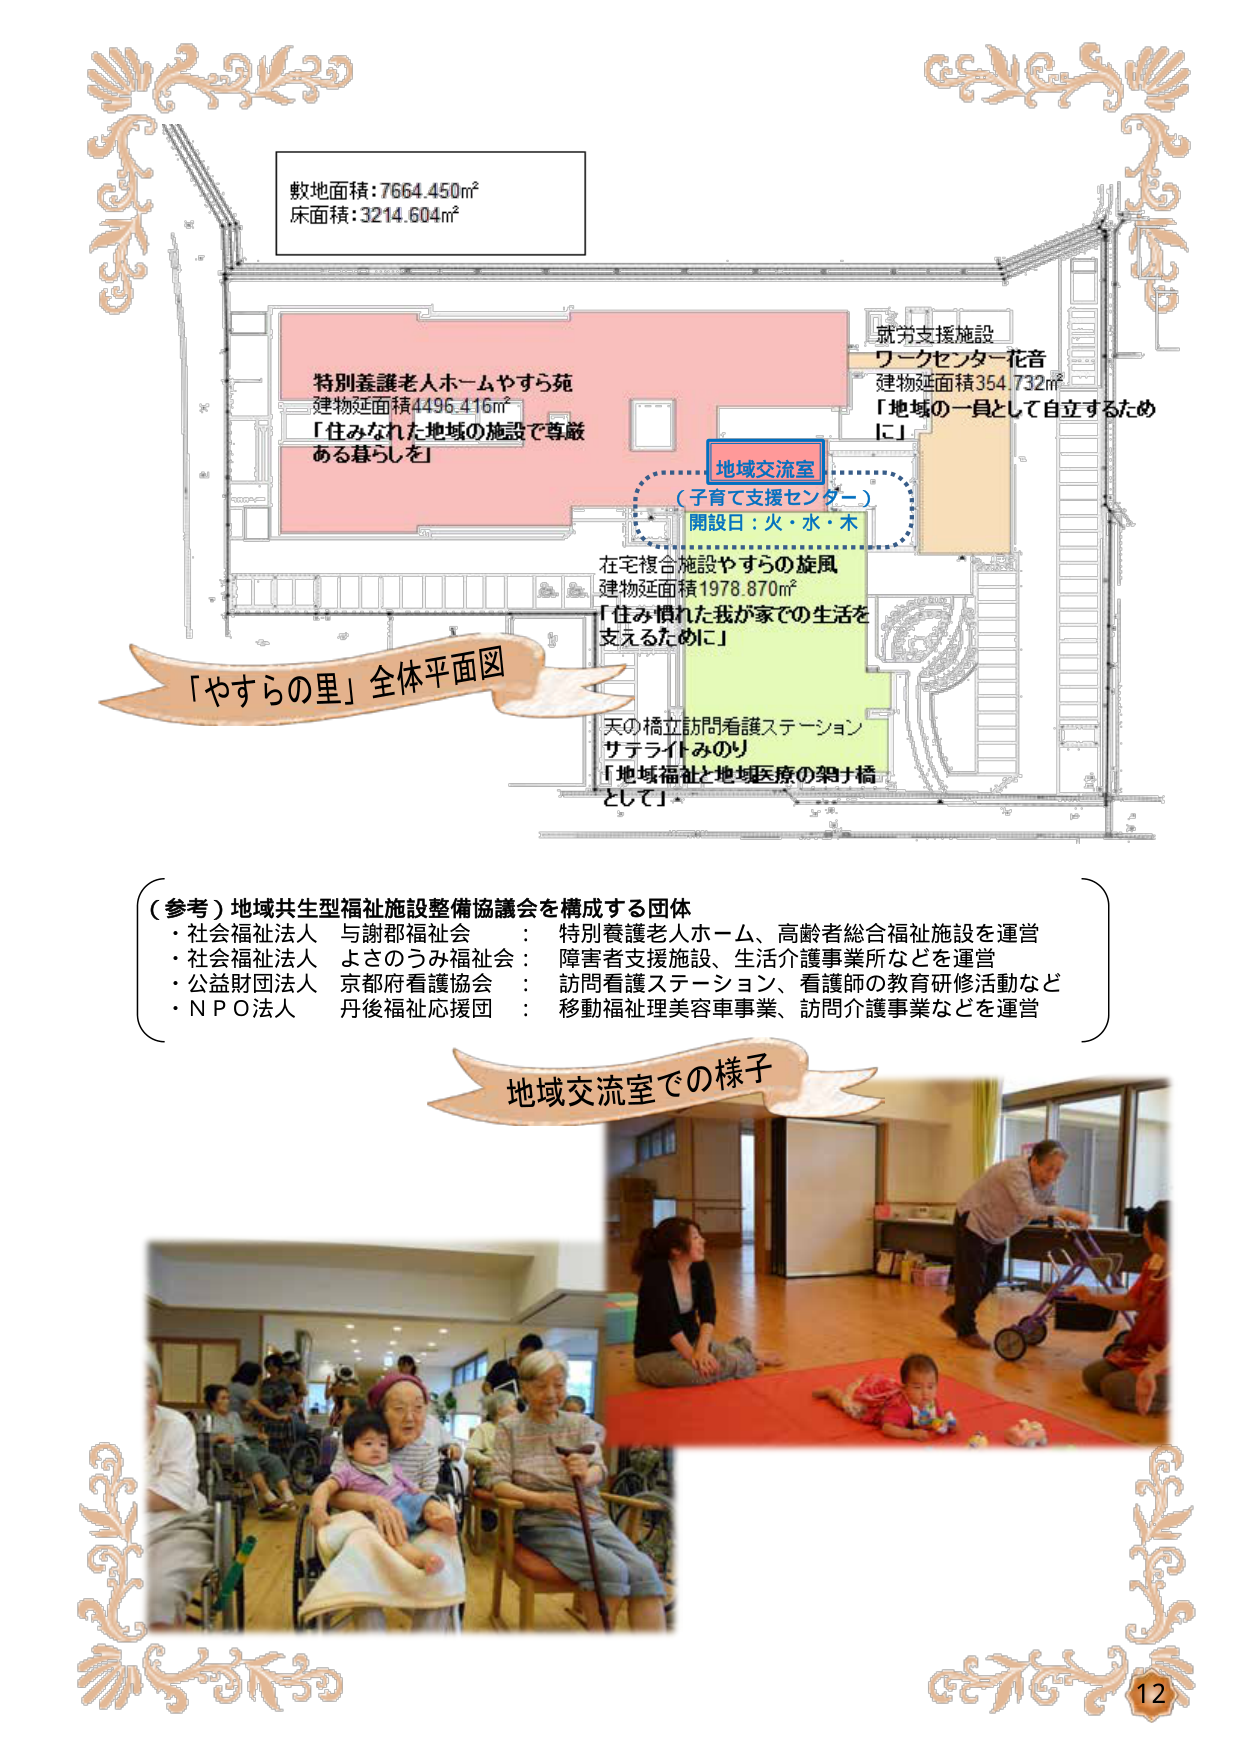
敷地面積：7664.450㎡
床面積：3214.604㎡

特別養護老人ホームやすら苑
建物延面積4496.416㎡
「住みなれた地域の施設で尊厳ある暮らしを」

地域交流室
（子育て支援センター）
開設日：火・水・木

在宅複合施設やすらの旋風
建物延面積1978.870㎡
「住み慣れた我が家での生活を支えるために」

天の橋立訪問看護ステーション
サテライトみのり
「地域福祉と地域医療の架け橋として」

就労支援施設
ワークセンター花音
建物延面積354.732㎡
「地域の一員として自立するため に」

「やすらの里」全体平面図

（参考）地域共生型福祉施設整備協議会を構成する団体
・社会福祉法人 与謝郡福祉会 ： 特別養護老人ホーム、高齢者総合福祉施設を運営
・社会福祉法人 よさのうみ福祉会 ： 障害者支援施設、生活介護事業所などを運営
・公益財団法人 京都府看護協会 ： 訪問看護ステーション、看護師の教育研修活動など
・ＮＰＯ法人 丹後福祉応援団 ： 移動福祉理美容事業、訪問介護事業などを運営

地域交流室での様子

12